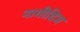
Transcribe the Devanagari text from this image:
नागीदिज